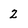
Character: 2